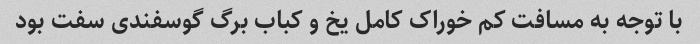
با توجه به مسافت کم خوراک کامل یخ و کباب برگ گوسفندی سفت بود